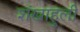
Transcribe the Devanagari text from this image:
शंखाहुली